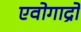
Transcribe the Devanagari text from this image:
एवोगाद्रो